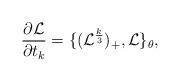
LaTeX: \begin{align*}\frac{\partial {\mathcal L}}{\partial t_{k}}=\{({\mathcal L}^{\frac{k}{3}})_{+} ,{\mathcal L}\}_{\theta},\end{align*}